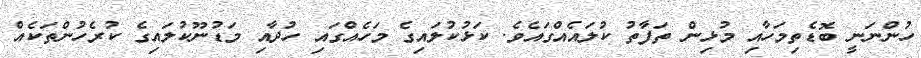
ހުންނަނީ ބޮޑެތިމަހާއި މުޅިން ތަފާތު ކުލައެއްގައެވެ. ކަޅުކުލައިގެ މަހެއްގައި ހުދާއި މަޑުނޫކުލައިގެ ކުރެހުންތަކެއް